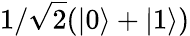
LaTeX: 1/\sqrt{2}(|0\rangle+|1\rangle)